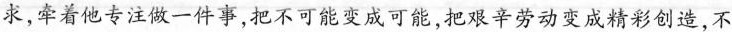
求，牵着他专注做一件事，把不可能变成可能，把艰辛劳动变成精彩创造，不